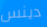
دينس